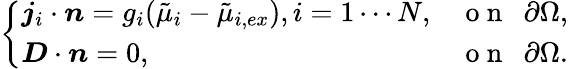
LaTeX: \left\{ \begin{array}{ll}{\boldsymbol{j}_{i}\cdot\boldsymbol{n}=g_{i}(\tilde{\mu}_{i}-\tilde{\mu}_{i,ex}),i=1\cdots N,}&{\mathrm{~o~n~~~}\partial\Omega,}\\ {\boldsymbol{D}\cdot\boldsymbol{n}=0,}&{\mathrm{~o~n~~~}\partial\Omega.}\end{array}\right.